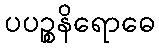
ပပဉ္စနိရောဓေ